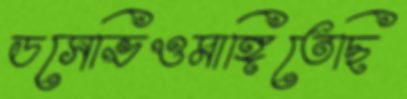
ডসেভিওমাঙ্গিতেছি